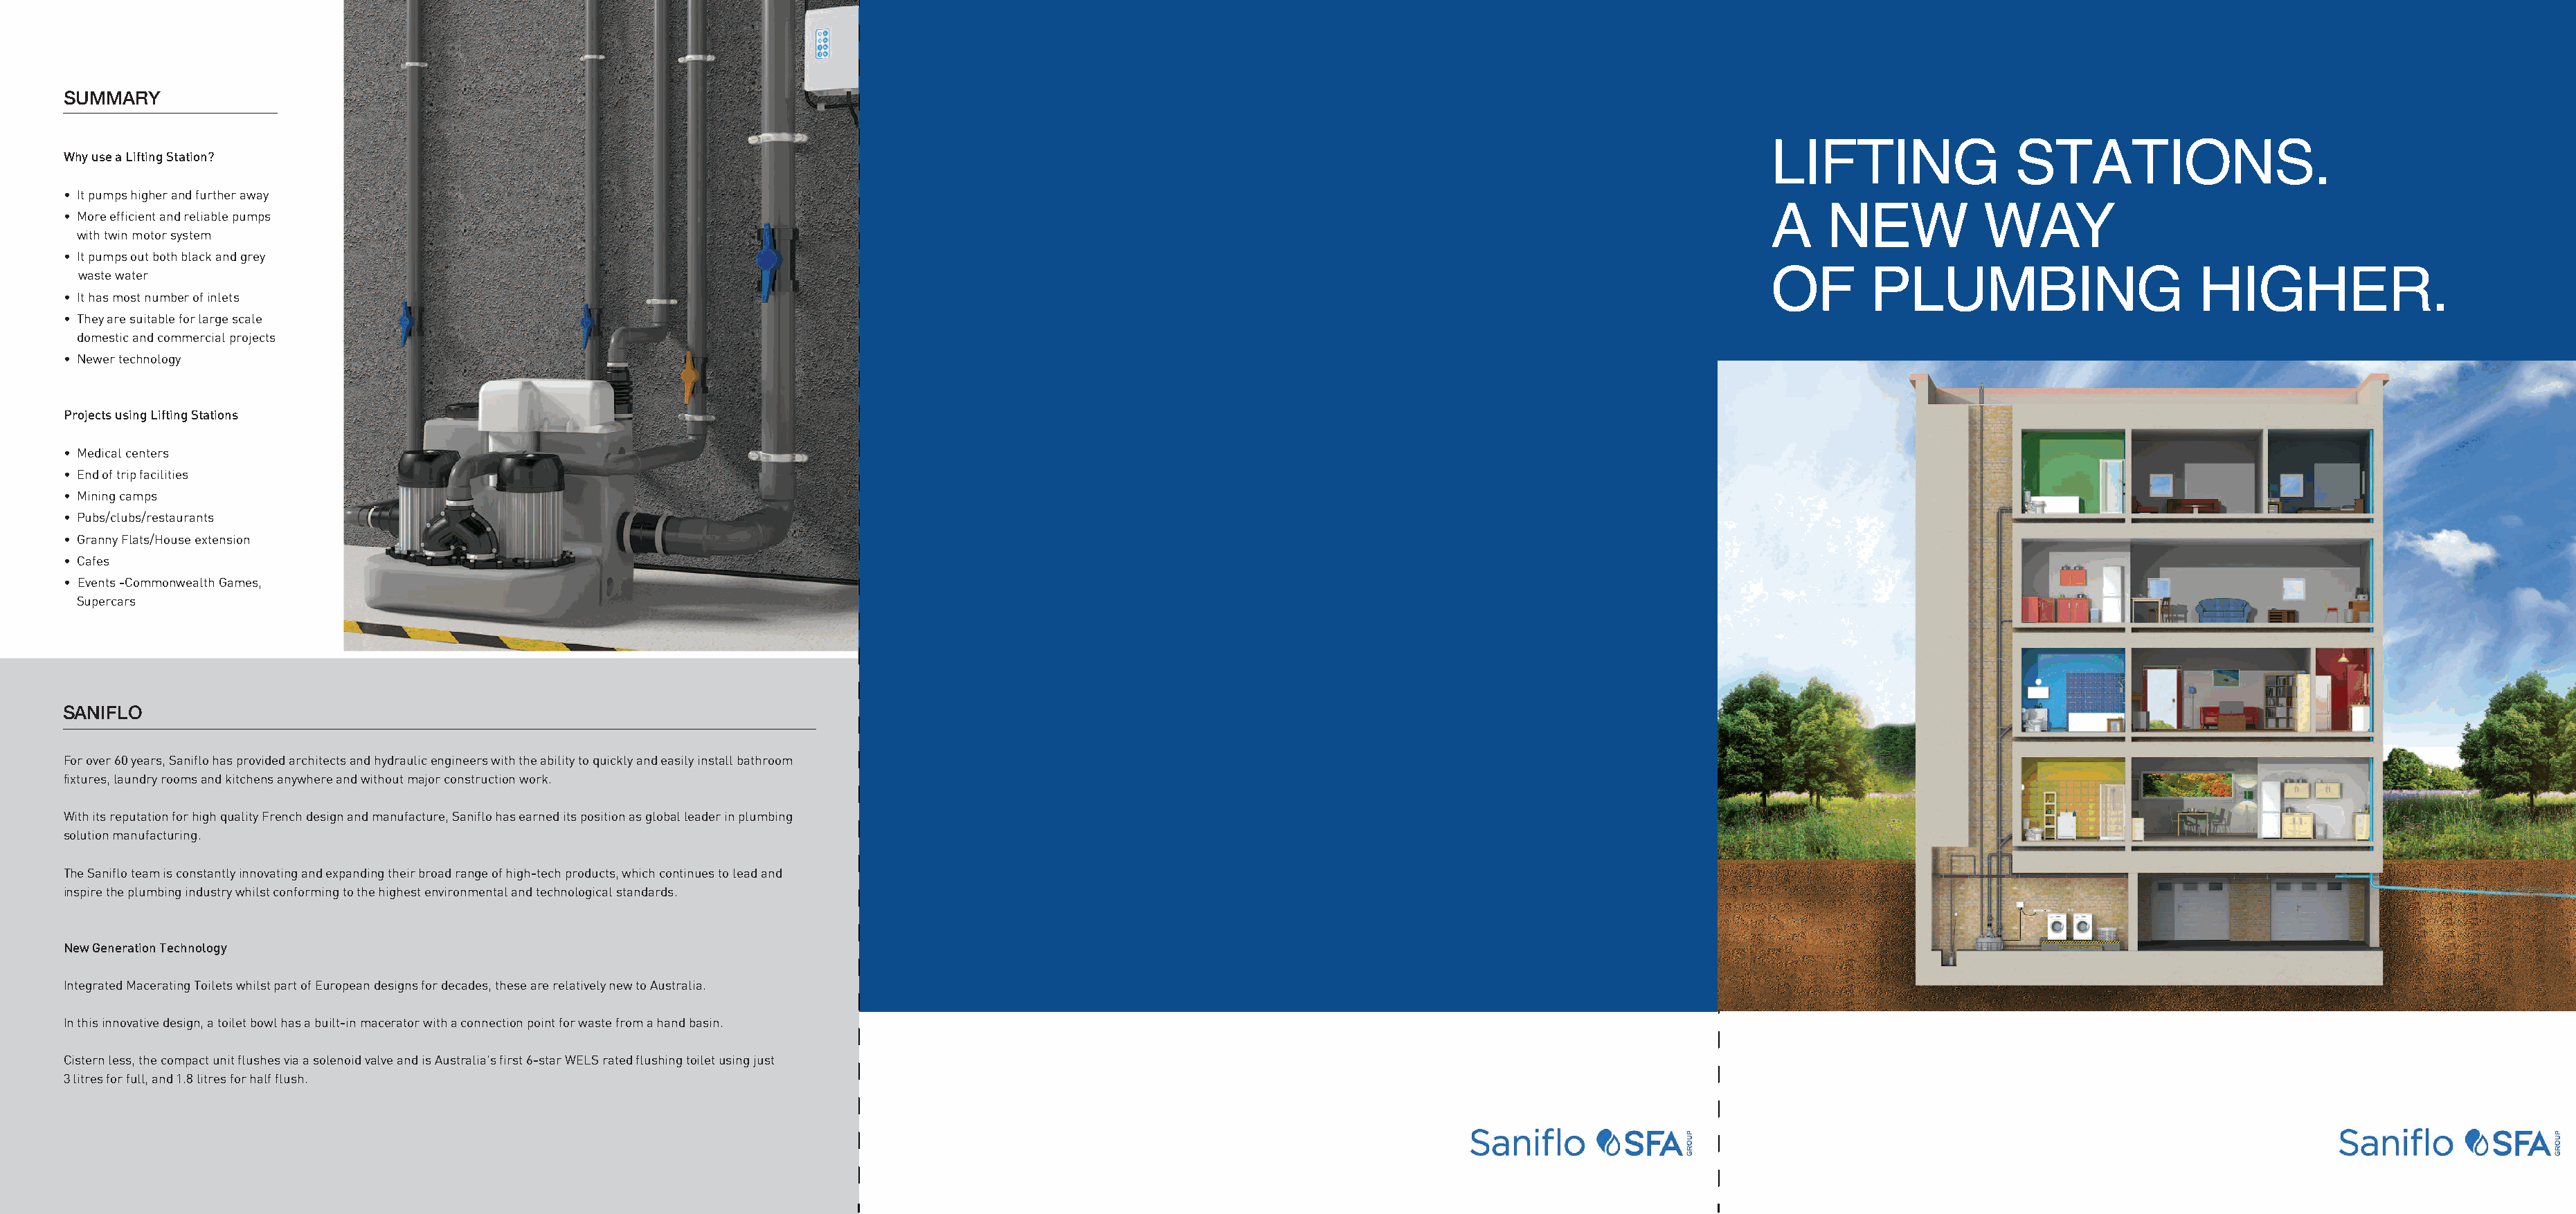
SUMMARY
 LIFTING                 ST     ATIONS.
 Why use a Lifting Station?
 • It pumps higher and further away
 A     NEW            WAY
 • More efficient and reliable pumps
 with twin motor system
 • It pumps out both black and grey
 OF        PLUMBING                       HIGHER.
 waste water
 • It has most number of inlets
 • They are suitable for large scale
 domestic and commercial projects
 • Newer technology
 Projects using Lifting Stations
 • Medical centers
 • End of trip facilities
 • Mining camps
 • Pubs/clubs/restaurants
 • Granny Flats/House extension
 • Cafes
 • Events -Commonwealth Games,
 Supercars
 SANIFLO
 For over 60 years, Saniflo has provided architects and hydraulic engineers with the ability to quickly and easily install bathroom
 fixtures, laundry rooms and kitchens anywhere and without major construction work.
 With its reputation for high quality French design and manufacture, Saniflo has earned its position as global leader in plumbing
 solution manufacturing.
 The Saniflo team is constantly innovating and expanding their broad range of high-tech products, which continues to lead and
 inspire the plumbing industry whilst conforming to the highest environmental and technological standards.
 New Generation Technology
 Integrated Macerating Toilets whilst part of European designs for decades, these are relatively new to Australia.
 In this innovative design, a toilet bowl has a built-in macerator with a connection point for waste from a hand basin.
 Cistern less, the compact unit flushes via a solenoid valve and is Australia’s first 6-star WELS rated flushing toilet using just
 3 litres for full, and 1.8 litres for half flush.